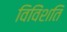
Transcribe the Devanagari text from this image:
विविंशति